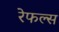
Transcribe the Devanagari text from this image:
रेफल्स